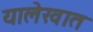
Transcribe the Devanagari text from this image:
यालेखात